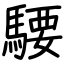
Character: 騕